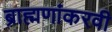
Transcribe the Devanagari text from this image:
ब्राह्मणांकरवी